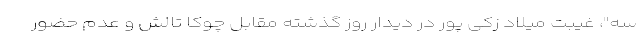
سه"، غیبت میلاد زکی پور در دیدار روز گذشته مقابل چوکا تالش و عدم حضور